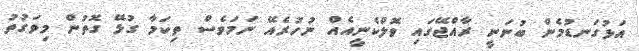
އަޅުގަނޑުމެން ބުނަނީ ރާއްޖޭގައި ވޮލްކެނީއެއް ނުހުރެއޭ ނަމަވެސް ތިކަމާ ގުޅޭ ގޮތުން މިވަގުތު